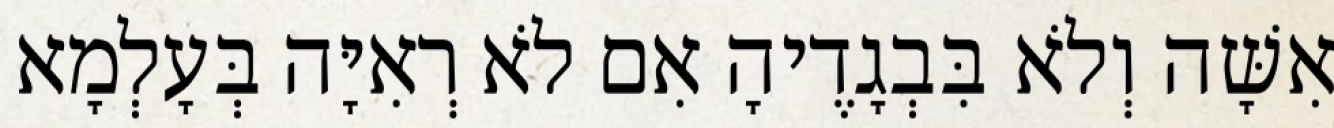
אִשָּׁה וְלֹא בִּבְגָדֶיהָ אִם לֹא רְאִיָּה בְּעָלְמָא